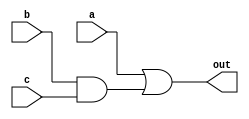
module generation(input a,b,c,output out);
assign out=a |(b & c);
endmodule